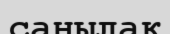
саңылақ